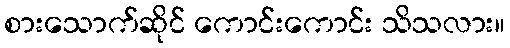
စားသောက်ဆိုင် ကောင်းကောင်း သိသလား။